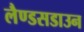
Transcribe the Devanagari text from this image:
लैण्डसडाउन